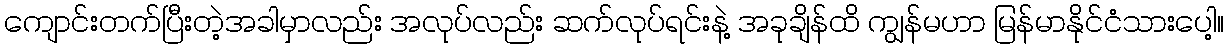
ကျောင်းတက်ပြီးတဲ့အခါမှာလည်း အလုပ်လည်း ဆက်လုပ်ရင်းနဲ့ အခုချိန်ထိ ကျွန်မဟာ မြန်မာနိုင်ငံသားပေါ့။